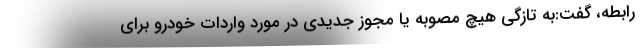
رابطه، گفت:به تازگی هیچ مصوبه یا مجوز جدیدی در مورد واردات خودرو برای